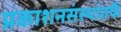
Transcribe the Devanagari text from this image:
प्रकाशनसंस्थांतर्फे